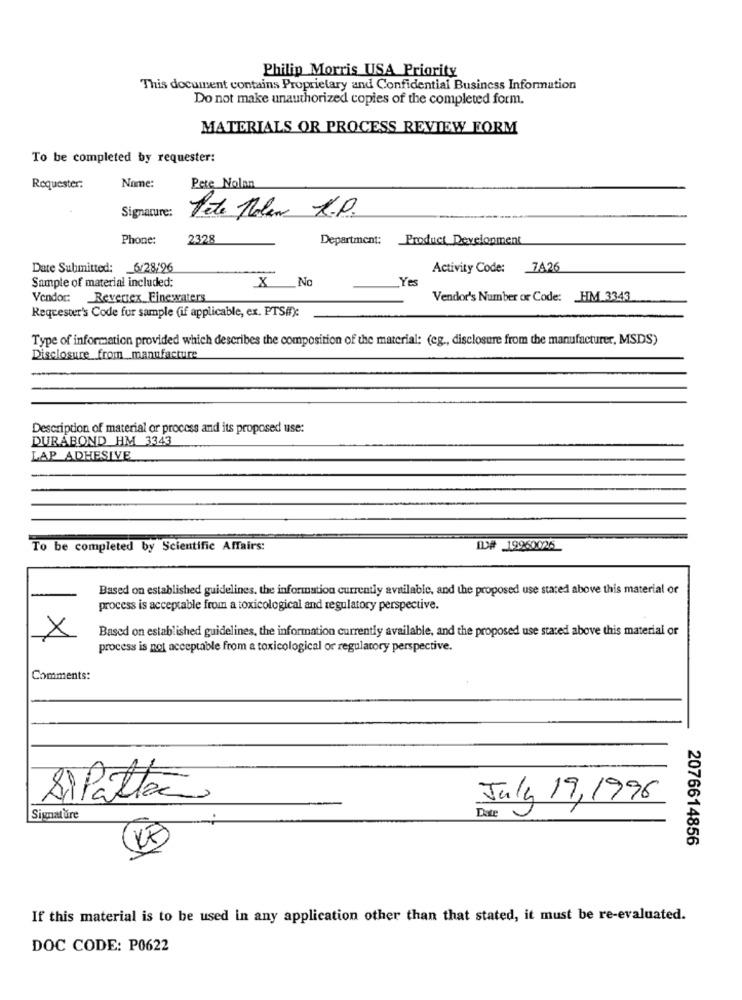
Philip Morris USA Priority
This document contains Proprietary and Confidential Business Information
Do not make unauthorized copies of the completed form.
MATERIALS OR PROCESS REVIEW FORM
To be completed by requester:
Roquester:
Nome:
Pete Nolan
Signature:
Pete Holen R.P.
Phone:
2328
Department: Product Development
Date Submitted: _ 6/28/96
Activity Code: 7426
Sample of material included:
Yes
X No
Vendor: Reversex_Finewaters
Vendor's Number or Code: HM 3343
Requester's Code for sample (if applicable, ex. PTSi):
Type of information provided which describes the composition of the material: (eg ., disclosure from the manufacturer, MSDS)
Disclosure from manufacture
Description of material or process and its proposed use:
DURABOND HM 3343
LAP ADHESIVE
To be completed by Scientific Affairs:
ID# 19960026
Based on established guidelines. the information currently available, and the proposed use stated above this material or
process is acceptable from a toxicological and regulatory perspective.
Based on established guidelines, the information currently available, and the proposed use stated above this material or
process is not acceptable from a toxicological or regulatory perspective.
Comments:
SiPatte
July 19,1996
Date
Signature
2076614856
If this material is to be used in any application other than that stated, it must be re-evaluated.
DOC CODE: P0622